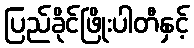
ပြည်ခိုင်ဖြိုးပါတီနှင့်